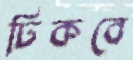
ঢিকবে